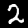
Label: 2